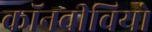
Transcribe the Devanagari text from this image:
कॉनवीवियो